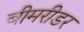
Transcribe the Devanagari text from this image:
बीमरीडर